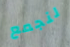
لنجمع